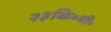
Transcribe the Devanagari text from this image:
२३कि॰मी॰